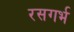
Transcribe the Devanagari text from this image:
रसगर्भ